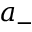
a _ { - }